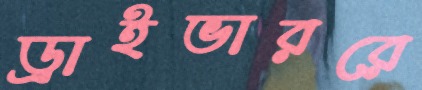
ড্রাইভাররে